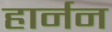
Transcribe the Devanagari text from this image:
हार्नन